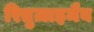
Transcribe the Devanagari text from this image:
रितुज़ाइमैब